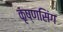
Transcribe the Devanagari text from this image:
कृष्णसिंग